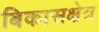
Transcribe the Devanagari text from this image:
बिकासक्षेत्र